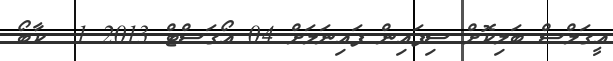
އީގަލްސް ބަލިކޮށް ސިފައިން ފައިނަލަށް 04 އޯގަސްޓް 2013 1  ކާބޯ